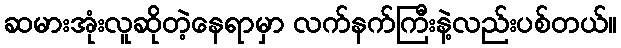
ဆမားအုံးလူဆိုတဲ့နေရာမှာ လက်နက်ကြီးနဲ့လည်းပစ်တယ်။